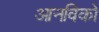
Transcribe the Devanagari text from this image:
आनविको